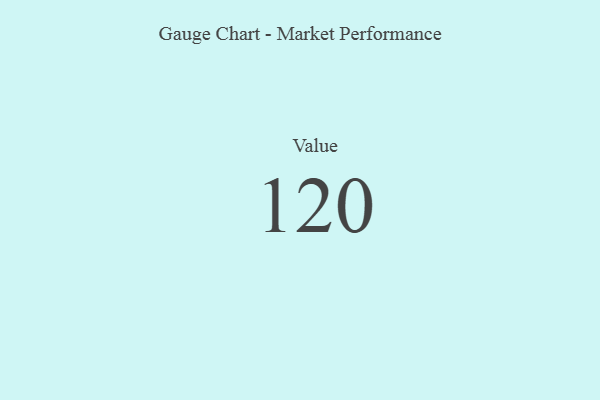
{"axis": {"x": "Metric", "y": "Value"}, "legend": [""], "data": [{"x": "Value", "y": 120, "type": ""}]}